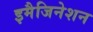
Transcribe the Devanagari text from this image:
इमैजिनेशन